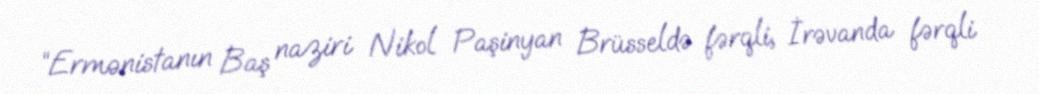
“Ermənistanın Baş naziri Nikol Paşinyan Brüsseldə fərqli, İrəvanda fərqli